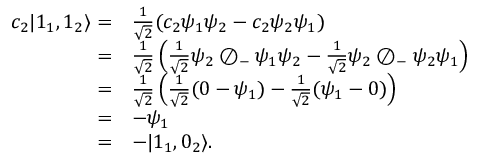
\begin{array} { r l } { c _ { 2 } | 1 _ { 1 } , 1 _ { 2 } \rangle = } & { { \frac { 1 } { \sqrt { 2 } } } ( c _ { 2 } \psi _ { 1 } \psi _ { 2 } - c _ { 2 } \psi _ { 2 } \psi _ { 1 } ) } \\ { = } & { { \frac { 1 } { \sqrt { 2 } } } \left( { \frac { 1 } { \sqrt { 2 } } } \psi _ { 2 } \oslash _ { - } \psi _ { 1 } \psi _ { 2 } - { \frac { 1 } { \sqrt { 2 } } } \psi _ { 2 } \oslash _ { - } \psi _ { 2 } \psi _ { 1 } \right) } \\ { = } & { { \frac { 1 } { \sqrt { 2 } } } \left( { \frac { 1 } { \sqrt { 2 } } } ( 0 - \psi _ { 1 } ) - { \frac { 1 } { \sqrt { 2 } } } ( \psi _ { 1 } - 0 ) \right) } \\ { = } & { - \psi _ { 1 } } \\ { = } & { - | 1 _ { 1 } , 0 _ { 2 } \rangle . } \end{array}